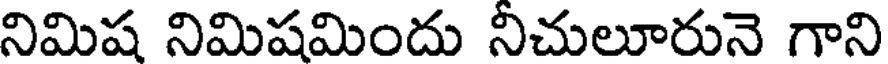
నిమిష నిమిషమిందు నీచులూరునె గాని